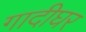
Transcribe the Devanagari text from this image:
गादीघर